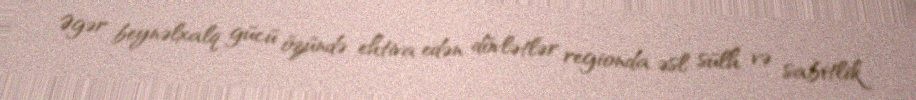
Əgər beynəlxalq gücü özündə ehtiva edən dövlətlər regionda əsl sülh və sabitlik